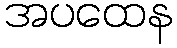
အပထေန